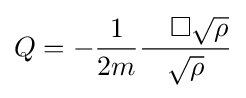
Q=-{\frac {1}{2m}}{\frac {\quad \Box {\sqrt {\rho }}}{\sqrt {\rho }}}